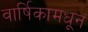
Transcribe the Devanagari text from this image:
वार्षिकामधून